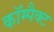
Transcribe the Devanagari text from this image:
काॅम्पैक्ट